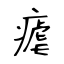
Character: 瘧